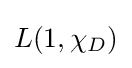
{\textstyle L(1,\chi _{D})}